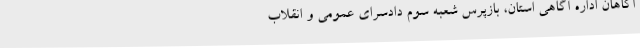
آگاهان اداره آگاهی استان، بازپرس شعبه سوم دادسرای عمومی و انقلاب